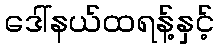
ဒေါ်နယ်ထရန့်နှင့်